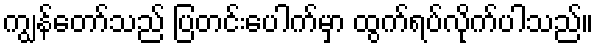
ကျွန်တော်သည် ပြတင်းပေါက်မှာ ထွက်ရပ်လိုက်ပါသည်။